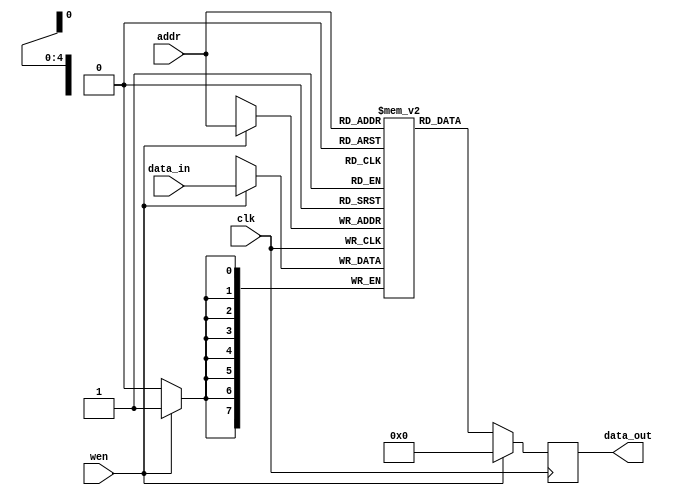

/*
* Practical 6 - EEE3095S/96s
* Takudzwa Clinton Mabika MBKTAK003
* Akhtar Patel PTLAKH001
*/
`timescale 1ns / 1ps

module reg_mem (addr, data_in, wen, clk, data_out);

    parameter DATA_WIDTH = 8; //8 bit wide data
    parameter ADDR_BITS = 5; //32 Addresses

    input [ADDR_BITS-1:0] addr;
    input [DATA_WIDTH-1:0] data_in;
    input wen;
    input clk;
    output [DATA_WIDTH-1:0] data_out;

    reg [DATA_WIDTH-1:0] data_out;

    //8 memory locations each storing a 4bits wide value
    reg [DATA_WIDTH-1:0] mem_array [(2**ADDR_BITS)-1:0];

    always @(posedge clk) begin

        if (wen) begin //Write
            mem_array [addr] <= data_in;
            data_out <= #(DATA_WIDTH)'b0;
        end

        else begin //Read
            data_out <= mem_array[addr];
        end
    end

endmodule